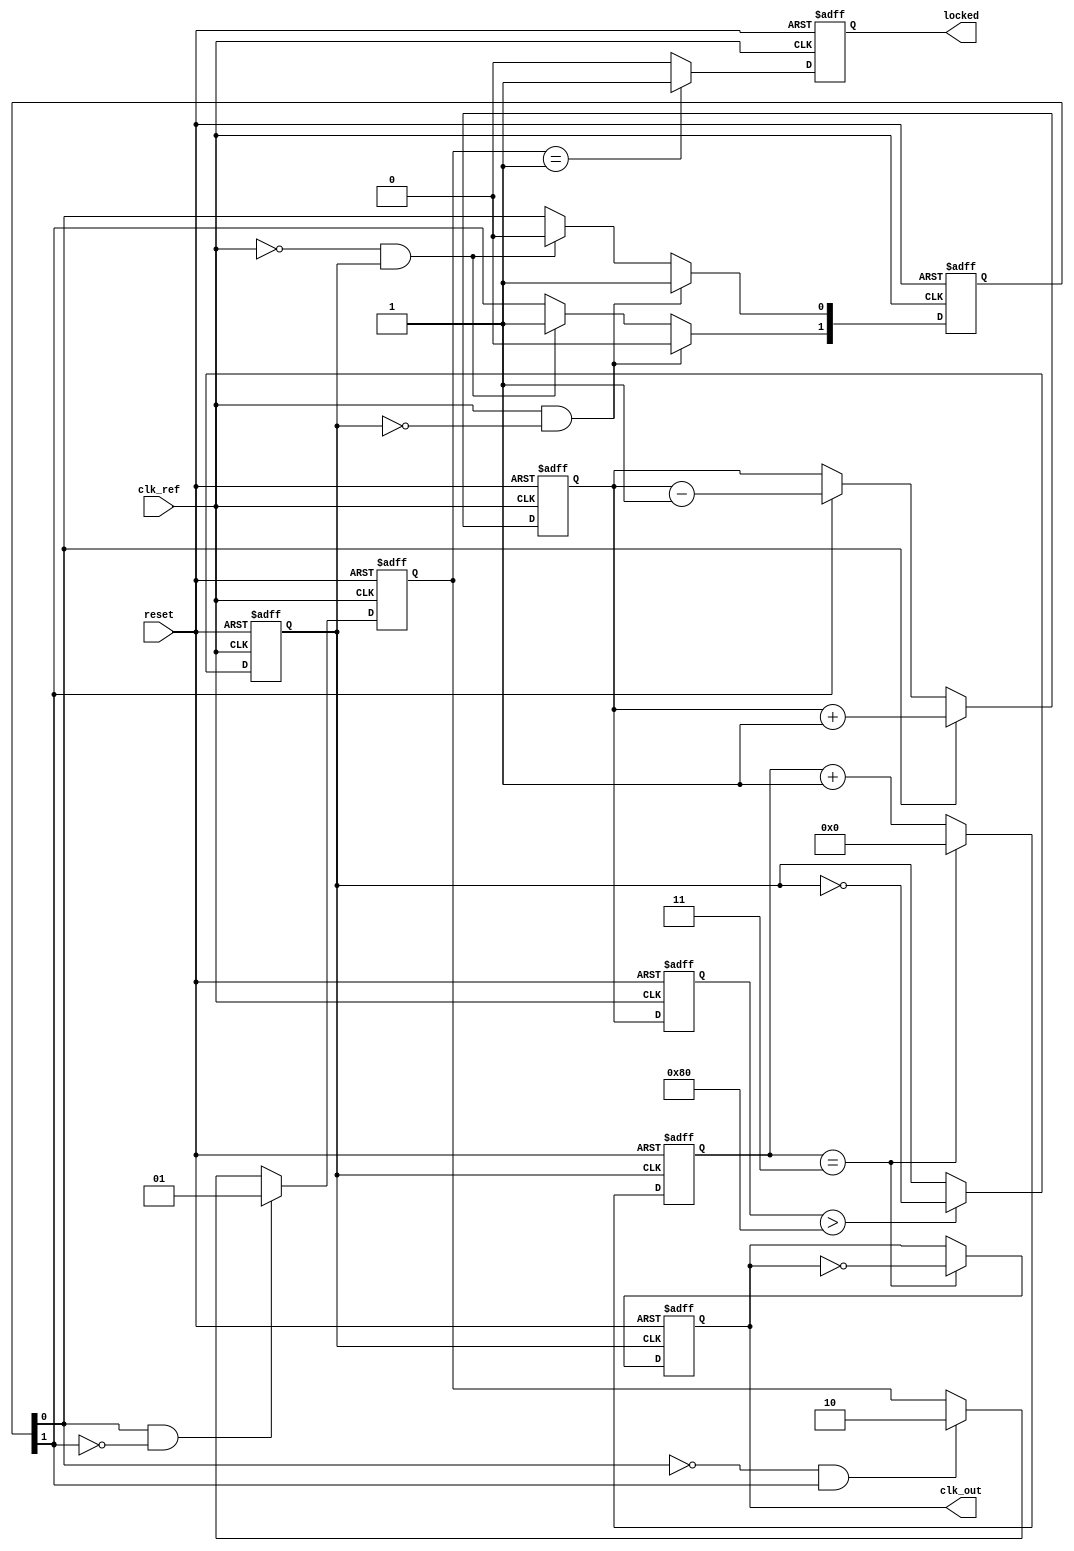
module PLL (
    input wire clk_ref,         // Input Reference Clock
    input wire reset,           // Reset signal
    output reg clk_out,         // Output Clock
    output reg locked           // Lock detection output
);

    // Parameters
    parameter DIV_RATIO = 4;    // Division ratio for feedback divider
    parameter LOOP_FILTER_GAIN = 1; // Gain for the loop filter

    // Internal signals
    reg clk_vco;                // VCO output clock
    reg [1:0] pfd_out;          // PFD output signals (UP, DOWN)
    reg [7:0] charge_pump;      // Charge pump output (control voltage)
    reg [7:0] loop_filter;       // Loop filter output
    reg [3:0] divider_count;     // Counter for feedback divider
    reg [1:0] state;            // State for lock detection

    // PFD: Phase Frequency Detector
    always @(posedge clk_ref or posedge reset) begin
        if (reset) begin
            pfd_out <= 2'b00;
        end else begin
            // Simple PFD logic: compare clk_ref with clk_vco
            if (clk_ref && !clk_vco) begin
                pfd_out[0] <= 1; // UP
                pfd_out[1] <= 0; // DOWN
            end else if (!clk_ref && clk_vco) begin
                pfd_out[0] <= 0; // UP
                pfd_out[1] <= 1; // DOWN
            end
        end
    end

    // Charge Pump
    always @(posedge clk_ref or posedge reset) begin
        if (reset) begin
            charge_pump <= 8'b0;
        end else begin
            if (pfd_out[0]) begin
                charge_pump <= charge_pump + LOOP_FILTER_GAIN; // Increase
            end else if (pfd_out[1]) begin
                charge_pump <= charge_pump - LOOP_FILTER_GAIN; // Decrease
            end
        end
    end

    // Loop Filter (Simple first-order filter for demonstration)
    always @(posedge clk_ref or posedge reset) begin
        if (reset) begin
            loop_filter <= 8'b0;
        end else begin
            loop_filter <= charge_pump; // Directly use charge pump output
        end
    end

    // VCO (simple toggling logic for demonstration)
    always @(posedge clk_ref or posedge reset) begin
        if (reset) begin
            clk_vco <= 1'b0;
        end else begin
            // Control VCO frequency with loop filter (simple approach)
            if (loop_filter > 128) begin
                clk_vco <= ~clk_vco; // Toggle VCO output
            end
        end
    end

    // Feedback Divider
    always @(posedge clk_vco or posedge reset) begin
        if (reset) begin
            divider_count <= 4'b0;
            clk_out <= 1'b0;
        end else begin
            if (divider_count == DIV_RATIO - 1) begin
                clk_out <= ~clk_out; // Output clock
                divider_count <= 4'b0; // Reset counter
            end else begin
                divider_count <= divider_count + 1;
            end
        end
    end

    // Lock Detection Circuit
    always @(posedge clk_ref or posedge reset) begin
        if (reset) begin
            state <= 2'b00;
            locked <= 1'b0;
        end else begin
            // Simple lock detection logic
            if (pfd_out[0] && !pfd_out[1]) begin
                state <= 2'b01; // Locked state
            end else if (!pfd_out[0] && pfd_out[1]) begin
                state <= 2'b10; // Unlocked state
            end
            
            // Set locked output based on state
            if (state == 2'b01) begin
                locked <= 1'b1; // PLL is locked
            end else begin
                locked <= 1'b0; // PLL is not locked
            end
        end
    end

endmodule